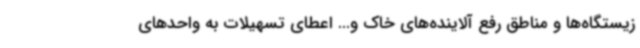
زیستگاه‌ها و مناطق رفع آلاینده‌های خاک و... اعطای تسهیلات به واحدهای